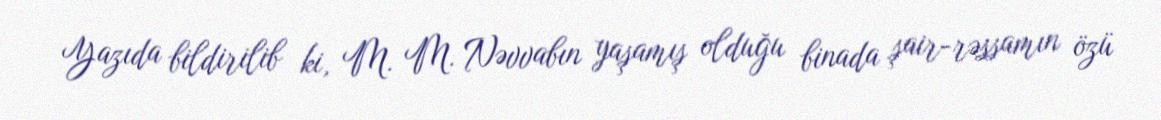
Yazıda bildirilib ki, M. M. Nəvvabın yaşamış olduğu binada şair-rəssamın özü